Account of plague administration in the Bombay Presidency from September 1896 till May 1897
Year: 1896
Disease focus: Plague
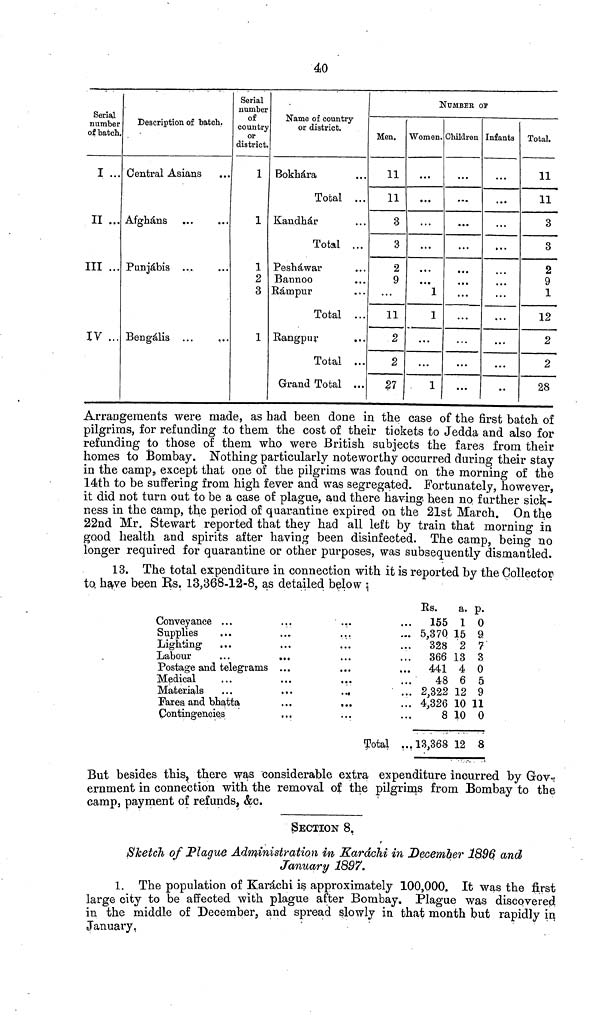
40
Serial
number
of batch.
I ...
II ...
Ill ...
IV ...
Description of "batch.
Central Asians
Afghans ...
Puniàbis ...
Bengalis
Serial
number
of
country
or
district.
1
1
1
2
3
1
Name of country
or district.
Bokhara
Total ...
Kandhàr
Total ...
Peshawar
Bannoo
Rampur
Total ...
Rangpur
...
Total ...
Grand Total ...
NUMBER ax
Hen.
11
11
3
3
2
9
....
11
2
2
27
Women.
...
...
...
...
. · ·
...
1
1
...
...
1
Children
...
...
...
...
. »
...
...
...
...
...
Infants
...
...
...
...
...
...
...
...
...
··
Total.
11
11
3
3
2
9
1
12
2
2
28
Arrangements were made, as had been done in the case of the first batch of
pilgrims, for refunding to them the cost of their tickets to Jedda and also for
refunding to those of them who were British subjects the fares from their
homes to Bombay. Nothing particularly noteworthy occurred during their stay
in the camp, except that one of the pilgrims was found on the morning of the
14th to be suffering from high fever and was segregated. Fortunately, however,
it did not turn out to be a case of plague, and there having been no further sick-
ness in the camp, the period of quarantine expired on the 21st March. On the
22nd Mr. Stewart reported that they had all left by train that morning in
good health and spirits after having been disinfected. The camp, being no
longer required for quarantine or other purposes, was subsequently dismantled.
13. The total expenditure in connection with it is reported by the Collector
to ha,ve been Us. 13,368-12-8, as detailed below ;
Conveyance
Supplies
Lighting
Labour
Postage and elegrams
Medical
Materials
Fares and bhatta
Contingencies
*
•
Total ...
Rs.
a.
1δ5 1
5,370 15
328 2
366 13
441 4
48 6
2,322 12
4,326 10
8 10
13,368 12
P·
0
9
7
3
0
5
9
11
0
s
But besides this, there was 'considerable extra expenditure incurred by Gov-
ernment in connection with the removal of the pilgrims from Bombay to the
camp, payment of refunds, &c.
SECTION 8.
Sketch of Plague Ad<winistratio.n in Karachi in December 1896. and
January 1897.
1. The population of Karachi is approximately 100,000. It was the first
large city to be affected with plague after Bombay. Plague was discovered
in. the middle of December, and spread slowly in that month but rapidly in
January,